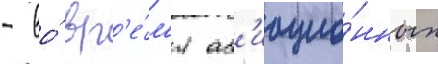
- во́ вр'е́м'я ав'иацио́нных